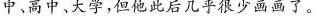
中，高中，大学，但他此后几乎很少画画了。